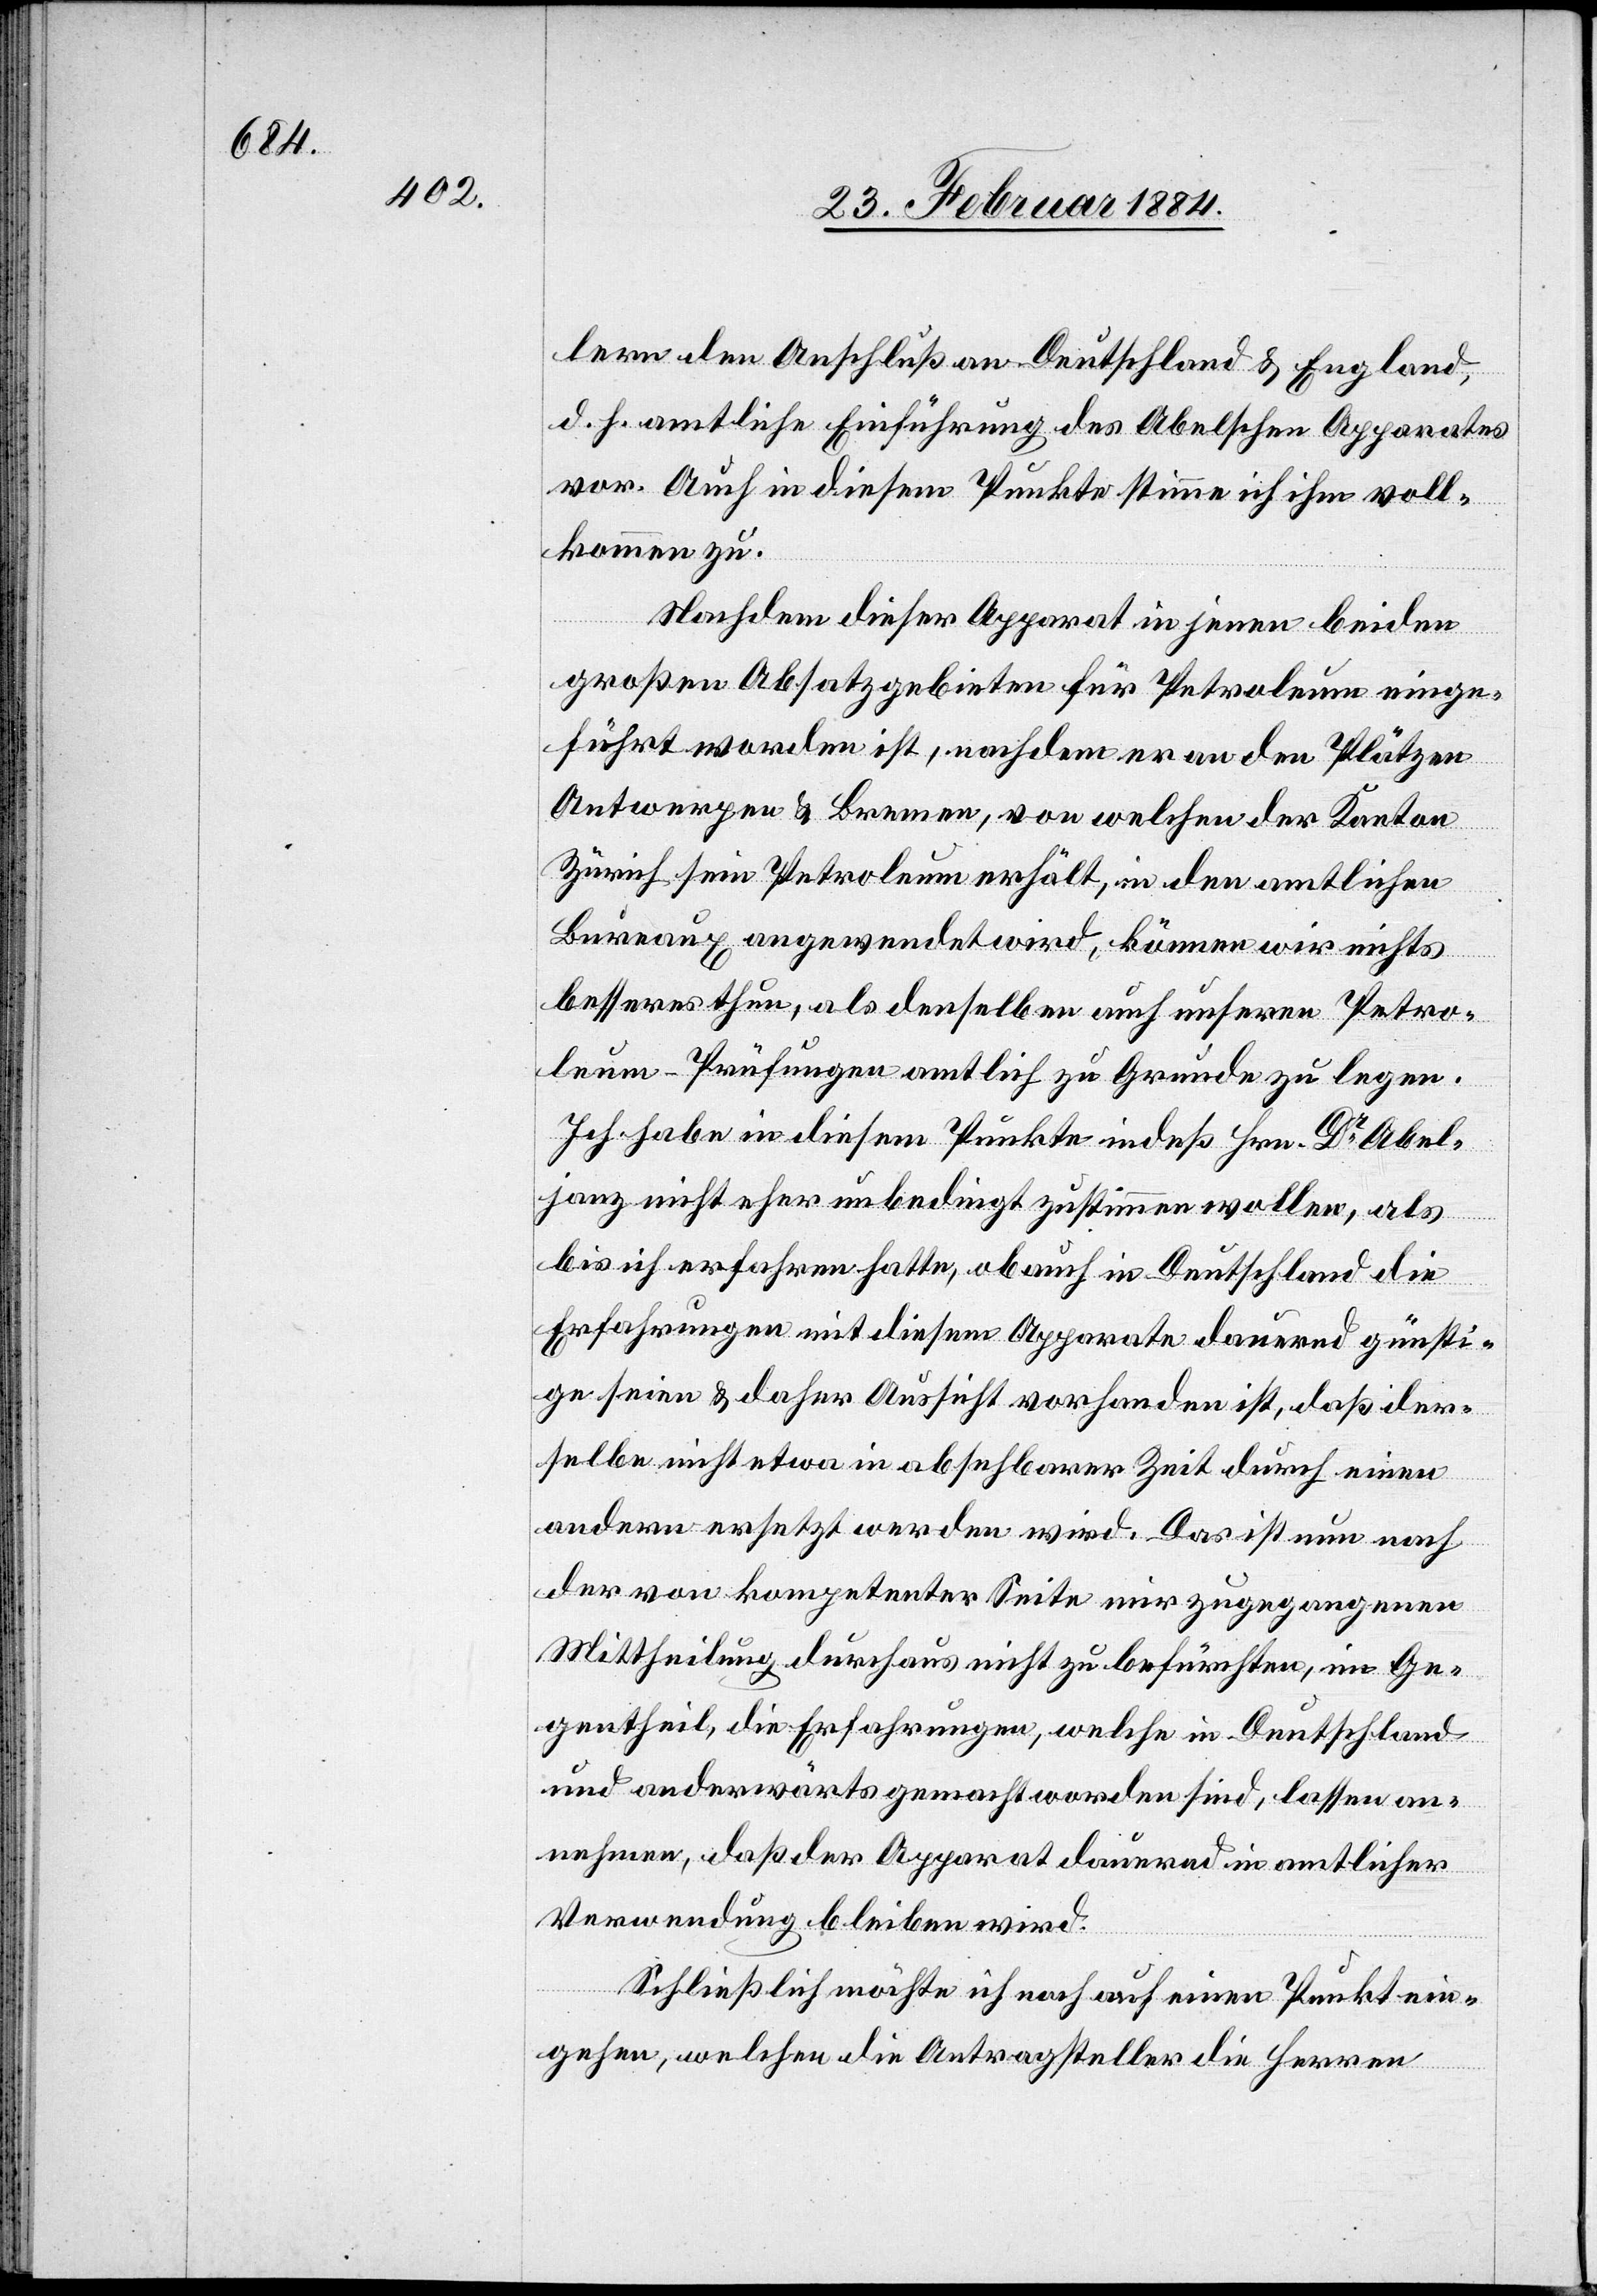
lern den Anschluß an Deutschland & England,
d. h. amtliche Einführung des Ableschen Apparates
vor. Auch in diesem Punkte stimme ich ihm voll¬
kommen zu.
Nachdem dieser Apparat in jenen beiden
großen Absatzgebieten für Petroleum einge¬
führt worden ist, nachdem er an den Plätzen
Antwerpen & Bremen, von welchen der Kanton
Zürich sein Petroleum erhält, in den amtlichen
Bureaux angewendet wird, können wir nichts
besseres thun, als denselben auch unseren Petro¬
leum-Prüfungen amtlich zu Grunde zu legen.
Ich habe in diesem Punkte indeß Hrn. Dr Abel¬
janz nicht eher unbedingt zustimmen wollen, als
bis ich erfahren hatte, ob auch in Deutschland die
Erfahrungen mit diesem Apparate dauernd günsti¬
ge seien & daher Aussicht vorhanden ist, daß der¬
selbe nicht etwa in absehbarer Zeit durch einen
andern ersetzt werden wird. Das ist nun nach
der von kompetenter Seite mir zugegangenen
Mittheilung durchaus nicht zu befürchten, im Ge¬
gentheil. Die Erfahrungen, welche in Deutschland
und anderwärts gemacht worden sind, lassen an¬
nehmen, daß der Apparat dauernd in amtlicher
Verwendung bleiben wird.
Schließlich möchte ich noch auf einen Punkt ein¬
gehen, welchen die Antragsteller die Herren